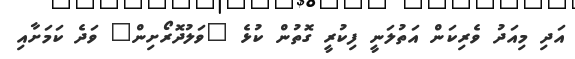
އަދި މިއަދު ވެރިކަން އަތުލަނީ ފިކުރީ ގޮތުން ކުޅެ "ވަލުދޮރޯށިން" ވަދެ ކަމަށާއި